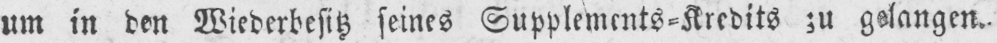
um in den Wiederbesitz seines Supplements⸗Kredits zu gelangen.